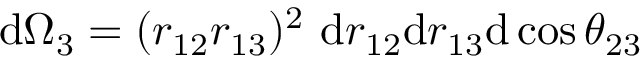
\mathrm { d } \Omega _ { 3 } = ( r _ { 1 2 } r _ { 1 3 } ) ^ { 2 } ~ \mathrm { d } r _ { 1 2 } \mathrm { d } r _ { 1 3 } \mathrm { d } \cos \theta _ { 2 3 }